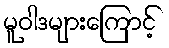
မူဝါဒများကြောင့်